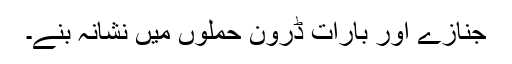
جنازے اور بارات ڈرون حملوں میں نشانہ بنے۔